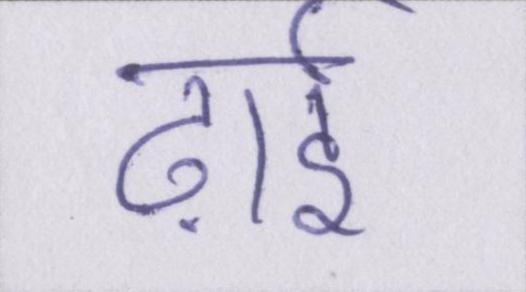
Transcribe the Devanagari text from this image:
ढ़ाई